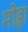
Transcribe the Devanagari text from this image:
मोह्रा